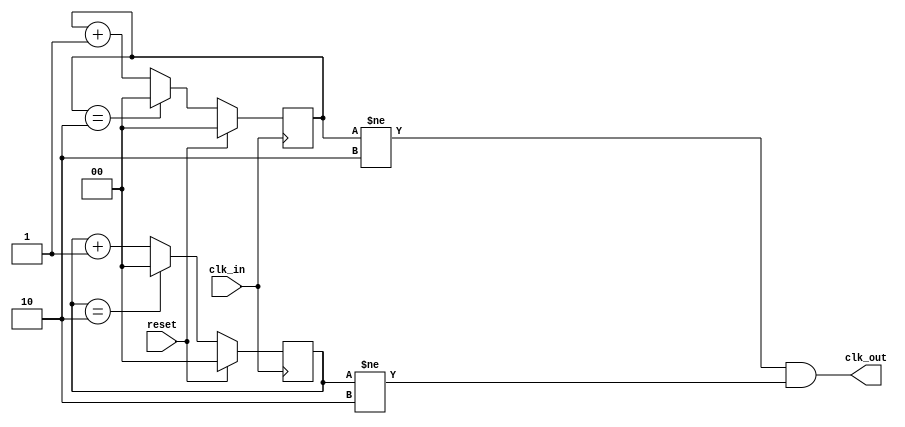
module unknown(clk_in, reset, clk_out);
input clk_in, reset;
output clk_out;
reg [1: 0] poss , negg;
always @(posedge clk_in)
if (reset)
begin
poss = 0; // <================= THIS
end
else
begin
poss = (poss ==2)? 0 : poss +1; // <================= THIS
end
always @(negedge clk_in)
if (reset)
begin
negg <= 0;
end
else
begin
negg <= (negg ==2)? 0 : negg +1;
end
assign clk_out = ((poss != 2)&&(negg !=2));
endmodule